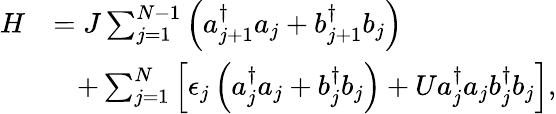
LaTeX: \begin{array}{rl}{H}&{=J\sum_{j=1}^{N-1}\left(a_{j+1}^{\dagger}a_{j}+b_{j+1}^{\dagger}b_{j}\right)}\\ &{\, \, \, \, \, +\sum_{j=1}^{N}\left[\epsilon_{j}\left(a_{j}^{\dagger}a_{j}+b_{j}^{\dagger}b_{j}\right)+Ua_{j}^{\dagger}a_{j}b_{j}^{\dagger}b_{j}\right],}\end{array}